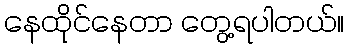
နေထိုင်နေတာ တွေ့ရပါတယ်။